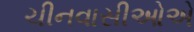
ચીનવાસીઓએ